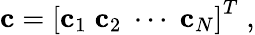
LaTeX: \mathbf{c}=\left[\mathbf{c}_{1}\; \mathbf{c}_{2}\; \cdots\; \mathbf{c}_{N}\right]^{T}\; ,